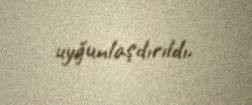
uyğunlaşdırıldı.